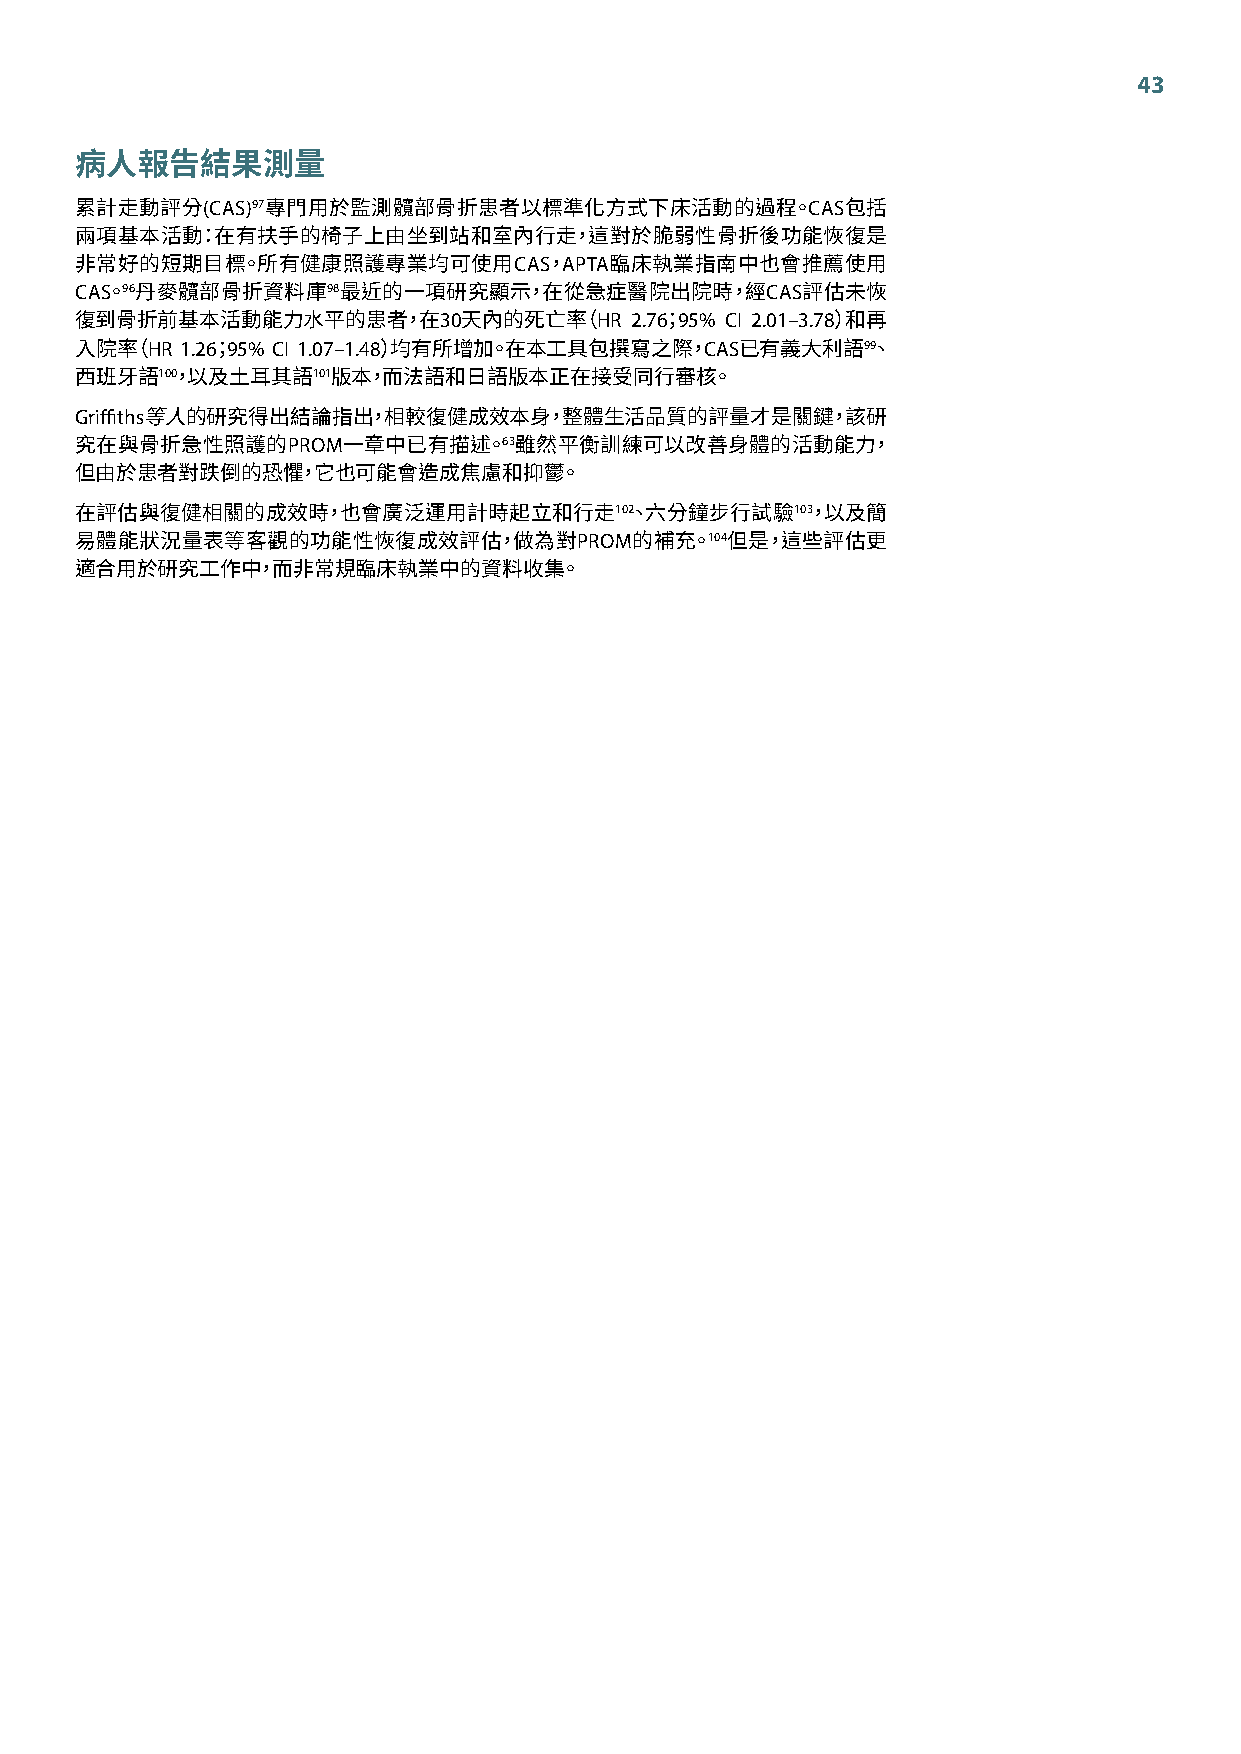
43
 病人報告結果測量
 (CAS)97                                 CAS
 累計走動評分       專門用於監測髖部骨折患者以標準化方式下床活動的過程。            包括
 兩項基本活動：在有扶手的椅子上由坐到站和室內行走，這對於脆弱性骨折後功能恢復是
 CAS APTA
 非常好的短期目標。所有健康照護專業均可使用          ，   臨床執業指南中也會推薦使用
 CAS 96           98                           CAS
 。 丹麥髖部骨折資料庫    最近的一項研究顯示，在從急症醫院出院時，經          評估未恢
 30        HR 2.76 95% CI 2.01–3.78
 復到骨折前基本活動能力水平的患者，在        天內的死亡率（      ；          ）和再
 HR 1.26 95% CI 1.07–1.48             CAS       99
 入院率（     ；          ）均有所增加。在本工具包撰寫之際，       已有義大利語   、
 100        101
 西班牙語  ，以及土耳其語    版本，而法語和日語版本正在接受同行審核。
 Griffiths
 等人的研究得出結論指出，相較復健成效本身，整體生活品質的評量才是關鍵，該研
 PROM          63
 究在與骨折急性照護的        一章中已有描述。   雖然平衡訓練可以改善身體的活動能力，
 但由於患者對跌倒的恐懼，它也可能會造成焦慮和抑鬱。
 102         103
 在評估與復健相關的成效時，也會廣泛運用計時起立和行走           、六分鐘步行試驗   ，以及簡
 PROM     104
 易體能狀況量表等客觀的功能性恢復成效評估，做為對             的補充。  但是，這些評估更
 適合用於研究工作中，而非常規臨床執業中的資料收集。